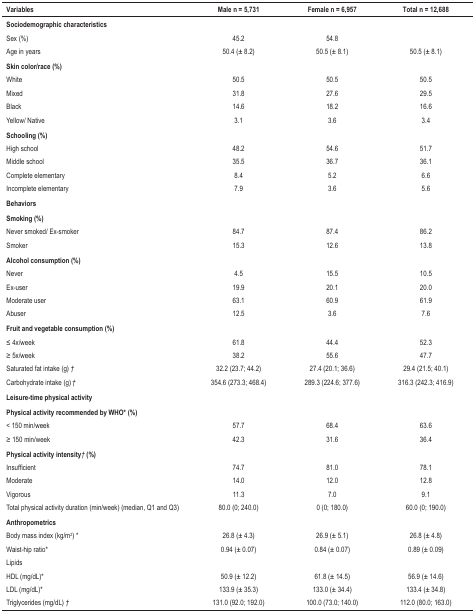
<table><thead><tr><td><b>Variables</b></td><td><b>Male n = 5,731</b></td><td><b>Female n = 6,957</b></td><td><b>Total n = 12,688</b></td></tr></thead><tbody><tr><td><b>Sociodemographic characteristics</b></td><td> </td><td> </td><td> </td></tr><tr><td>Sex (%)</td><td>45.2</td><td>54.8</td><td> </td></tr><tr><td>Age in years</td><td>50.4 (± 8.2)</td><td>50.5 (± 8.1)</td><td>50.5 (± 8.1)</td></tr><tr><td><b>Skin color/race (%)</b></td><td> </td><td> </td><td> </td></tr><tr><td>White</td><td>50.5</td><td>50.5</td><td>50.5</td></tr><tr><td>Mixed</td><td>31.8</td><td>27.6</td><td>29.5</td></tr><tr><td>Black</td><td>14.6</td><td>18.2</td><td>16.6</td></tr><tr><td>Yellow/ Native</td><td>3.1</td><td>3.6</td><td>3.4</td></tr><tr><td><b>Schooling (%)</b></td><td> </td><td> </td><td> </td></tr><tr><td>High school</td><td>48.2</td><td>54.6</td><td>51.7</td></tr><tr><td>Middle school</td><td>35.5</td><td>36.7</td><td>36.1</td></tr><tr><td>Complete elementary</td><td>8.4</td><td>5.2</td><td>6.6</td></tr><tr><td>Incomplete elementary</td><td>7.9</td><td>3.6</td><td>5.6</td></tr><tr><td><b>Behaviors</b></td><td> </td><td> </td><td> </td></tr><tr><td><b>Smoking (%)</b></td><td> </td><td> </td><td> </td></tr><tr><td>Never smoked/ Ex-smoker</td><td>84.7</td><td>87.4</td><td>86.2</td></tr><tr><td>Smoker</td><td>15.3</td><td>12.6</td><td>13.8</td></tr><tr><td><b>Alcohol consumption (%)</b></td><td> </td><td> </td><td> </td></tr><tr><td>Never</td><td>4.5</td><td>15.5</td><td>10.5</td></tr><tr><td>Ex-user</td><td>19.9</td><td>20.1</td><td>20.0</td></tr><tr><td>Moderate user</td><td>63.1</td><td>60.9</td><td>61.9</td></tr><tr><td>Abuser</td><td>12.5</td><td>3.6</td><td>7.6</td></tr><tr><td><b>Fruit and vegetable consumption (%)</b></td><td> </td><td> </td><td> </td></tr><tr><td>≤ 4x/week</td><td>61.8</td><td>44.4</td><td>52.3</td></tr><tr><td>≥ 5x/week</td><td>38.2</td><td>55.6</td><td>47.7</td></tr><tr><td>Saturated fat intake (g)†</td><td>32.2 (23.7; 44.2)</td><td>27.4 (20.1; 36.6)</td><td>29.4 (21.5; 40.1)</td></tr><tr><td>Carbohydrate intake (g)†</td><td>354.6 (273.3; 468.4)</td><td>289.3 (224.6; 377.6)</td><td>316.3 (242.3; 416.9)</td></tr><tr><td><b>Leisure-time physical activity</b></td><td> </td><td> </td><td> </td></tr><tr><td><b>Physical activity recommended by WHO* (%)</b></td><td> </td><td> </td><td> </td></tr><tr><td>&lt; 150 min/week</td><td>57.7</td><td>68.4</td><td>63.6</td></tr><tr><td>≥ 150 min/week</td><td>42.3</td><td>31.6</td><td>36.4</td></tr><tr><td><b>Physical activity intensity†(%)</b></td><td> </td><td> </td><td> </td></tr><tr><td>Insufficient</td><td>74.7</td><td>81.0</td><td>78.1</td></tr><tr><td>Moderate</td><td>14.0</td><td>12.0</td><td>12.8</td></tr><tr><td>Vigorous</td><td>11.3</td><td>7.0</td><td>9.1</td></tr><tr><td>Total physical activity duration (min/week) (median, Q1and Q3)</td><td>80.0 (0; 240.0)</td><td>0 (0; 180.0)</td><td>60.0 (0; 190.0)</td></tr><tr><td><b>Anthropometrics</b></td><td> </td><td> </td><td> </td></tr><tr><td>Body mass index (kg/m<sup>2</sup>)*</td><td>26.8 (± 4.3)</td><td>26.9 (± 5.1)</td><td>26.8 (± 4.8)</td></tr><tr><td>Waist-hip ratio*</td><td>0.94 (± 0.07)</td><td>0.84 (± 0.07)</td><td>0.89 (± 0.09)</td></tr><tr><td>Lipids</td><td> </td><td> </td><td> </td></tr><tr><td>HDL (mg/dL)*</td><td>50.9 (± 12.2)</td><td>61.8 (± 14.5)</td><td>56.9 (± 14.6)</td></tr><tr><td>LDL (mg/dL)*</td><td>133.9 (± 35.3)</td><td>133.0 (± 34.4)</td><td>133.4 (± 34.8)</td></tr><tr><td>Triglycerides (mg/dL)†</td><td>131.0 (92.0; 192.0)</td><td>100.0 (73.0; 140.0)</td><td>112.0 (80.0; 163.0)</td></tr></tbody></table>